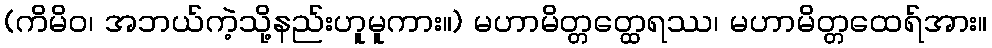
(ကိမိဝ၊ အဘယ်ကဲ့သို့နည်းဟူမူကား။) မဟာမိတ္တတ္ထေရဿ၊ မဟာမိတ္တထေရ်အား။